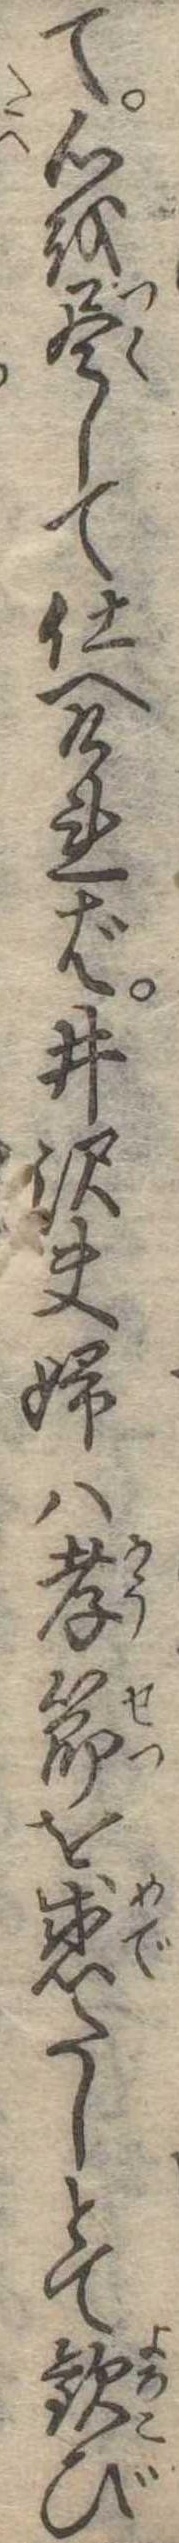
て心を尽して仕へければ井沢夫婦は孝節を感たしとて歓び